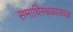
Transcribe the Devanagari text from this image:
समाधिस्थळाजवळ